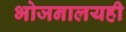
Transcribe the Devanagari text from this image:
भोजनालयही